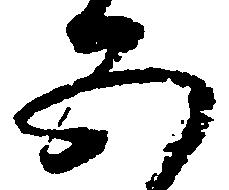
五